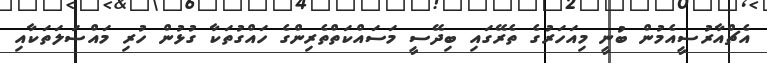
އެޗްއާރުސީއެމުން ބުނީ މިއަހަރުގެ ތެރޭގައި ބިދޭސީ މަސައްކަތްތެރިންގެ ހައްގުތަކާ ގުޅުން ހުރި މައްސަލަތަކާއި